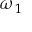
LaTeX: { \boldsymbol { \omega } } _ { 1 }